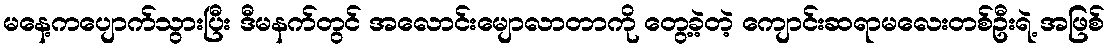
မနေ့ကပျောက်သွားပြီး ဒီမနက်တွင် အလောင်းမျောလာတာကို တွေ့ခဲ့တဲ့ ကျောင်းဆရာမလေးတစ်ဦးရဲ့ အဖြစ်